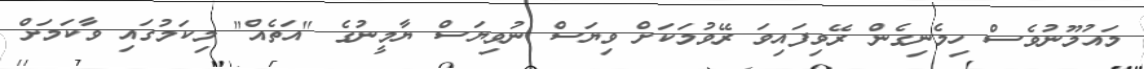
މައުމޫނުވެސް ހިމެނިގެން ރޭވިފައިވަ ރޭވުމަކަށް ވިޔަސް ނުވިޔަސް ޔާމީނުގެ "އަތެއް" މިކަމުގައި ވާކަމަށް